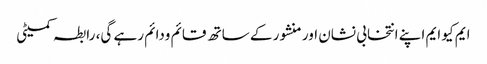
ایم کیو ایم اپنے انتخابی نشان اور منشور کے ساتھ قائم ودائم رہے گی، رابطہ کمیٹی